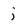
Character: j